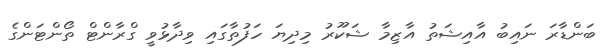
ބަންޑާރަ ނައިބު އާއިޝަތު އާޒިމާ ޝަކޫރު މިދިޔަ ހަފުތާގައި ވިދާޅުވީ ގްރާންޓް ތޯންޓަންގެ